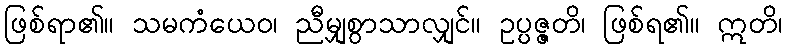
ဖြစ်ရာ၏။ သမကံယေဝ၊ ညီမျှစွာသာလျှင်။ ဥပ္ပဇ္ဇတိ၊ ဖြစ်ရ၏။ ဣတိ၊